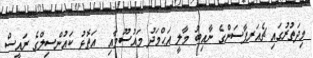
މިދަތުރުގައި ޗެއަރޕާސަންގެ ނާއިބު މާލީ އަޙްމަދު މައުސޫމާއި  އަތޮޅު ކައުންސިލްގެ ރައީސް